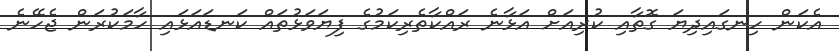
އެކަން ހިނގައިދިޔަ ގޮތާއި ކުރިއަށް އަޅާނެ ރައްކާތެރިކަމުގެ ފިޔަވަޅުތައް ކަނޑައަޅައި ހާމަކުރަން ޖެހޭނެ